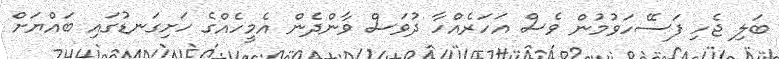
ބަލި ޖެހި ފަސޭހަވުމުން ވެސް އަހަރެއްހާ ދުވަސް ވާންދެން އެމީހެއްގެ ހަށިގަނޑުގައި ބައްޔަށް